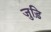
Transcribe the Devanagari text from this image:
जुड़ि